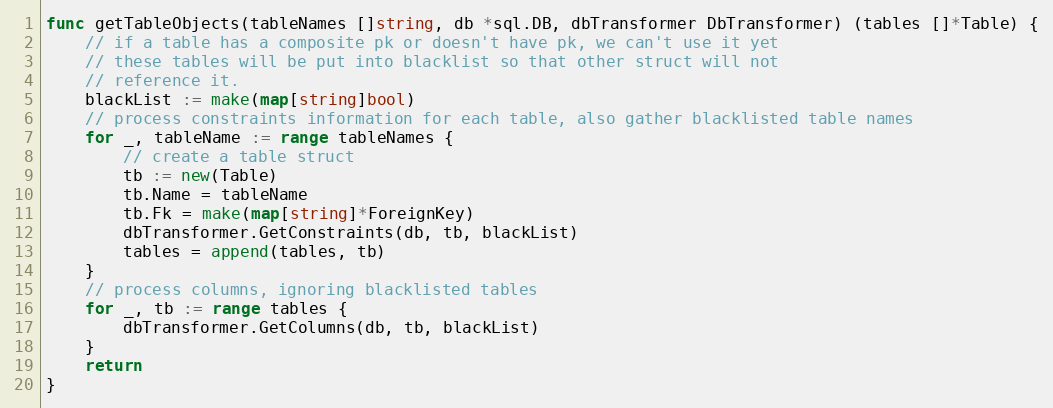
Language: Go
func getTableObjects(tableNames []string, db *sql.DB, dbTransformer DbTransformer) (tables []*Table) {
	// if a table has a composite pk or doesn't have pk, we can't use it yet
	// these tables will be put into blacklist so that other struct will not
	// reference it.
	blackList := make(map[string]bool)
	// process constraints information for each table, also gather blacklisted table names
	for _, tableName := range tableNames {
		// create a table struct
		tb := new(Table)
		tb.Name = tableName
		tb.Fk = make(map[string]*ForeignKey)
		dbTransformer.GetConstraints(db, tb, blackList)
		tables = append(tables, tb)
	}
	// process columns, ignoring blacklisted tables
	for _, tb := range tables {
		dbTransformer.GetColumns(db, tb, blackList)
	}
	return
}